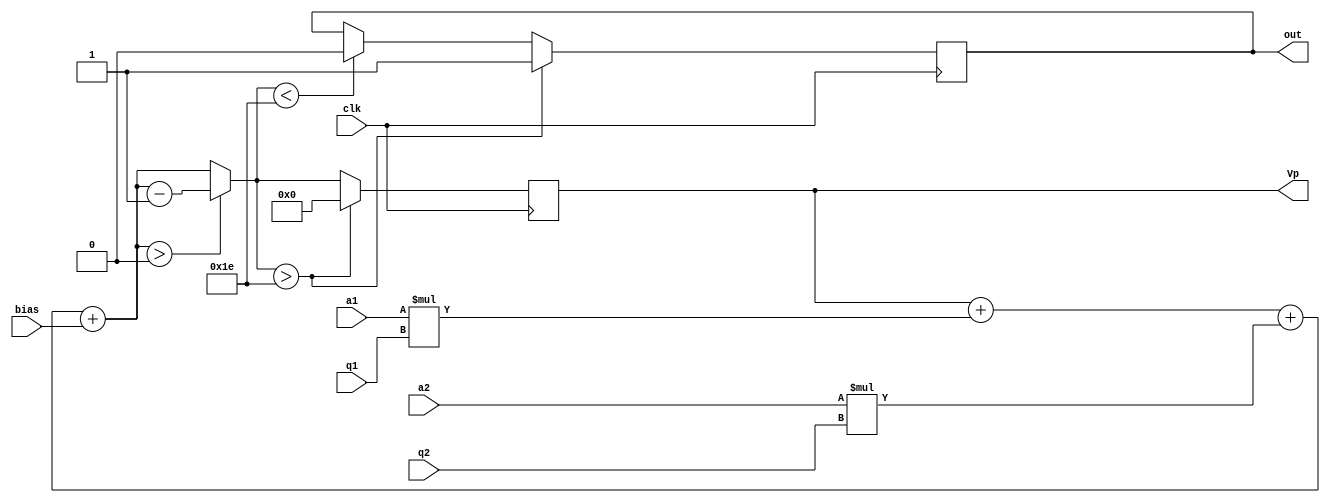
`timescale 1ns / 1ps

module neuron(clk, a1, a2, q1, q2, bias, Vp, out);
    input clk;
    input signed [7:0] a1, a2; //input for neuron
    input signed [7:0] q1, q2, bias; // weights
    output reg out = 0; // spike output
    output reg signed [15:0] Vp = 0;
    
    parameter leak = 16'd1;
    parameter signed vth = 16'd30;
    parameter signed reset = 16'd0;
    
    always @ (posedge clk)
        begin
            Vp = Vp + (a1*q1) + (a2*q2) + bias;
            if(Vp>0) Vp = Vp-leak;
            if(Vp>vth)
                begin
                    out = 1; // pulse 
                    Vp = reset;
                end
            else if(Vp < vth)
                begin
                    out = 0; // step sfunction
                end
        end 
endmodule